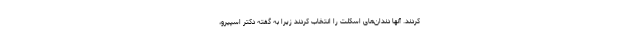
کردند. آنها دندان‌های اسکلت را انتخاب کردند زیرا به گفته دکتر اسپیرو،